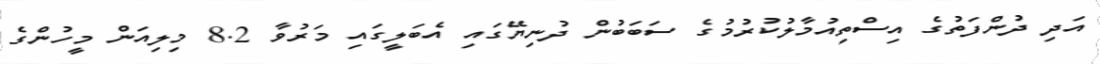
އަދި ދުންފަތުގެ އިސްތިއުމާލުކުރުމުގެ ސަބަބުން ދުނިޔޭގައި އެބަލީގައި މަރުވާ 8.2 މިލިއަން މީހުންގެ